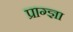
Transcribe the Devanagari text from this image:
प्राग्ज्ञा